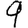
Digit: 9